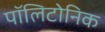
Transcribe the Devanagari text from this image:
पॉलिटोनिक